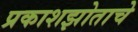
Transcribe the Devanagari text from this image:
प्रकाशझोताचे